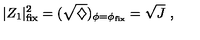
| Z _ { 1 } | _ { \mathrm { f i x } } ^ { 2 } = ( \sqrt { \diamondsuit } ) _ { \phi = \phi _ { \mathrm { f i x } } } = \sqrt { J } \ ,